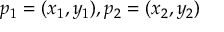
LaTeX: p _ { 1 } = ( x _ { 1 } , y _ { 1 } ) , p _ { 2 } = ( x _ { 2 } , y _ { 2 } )